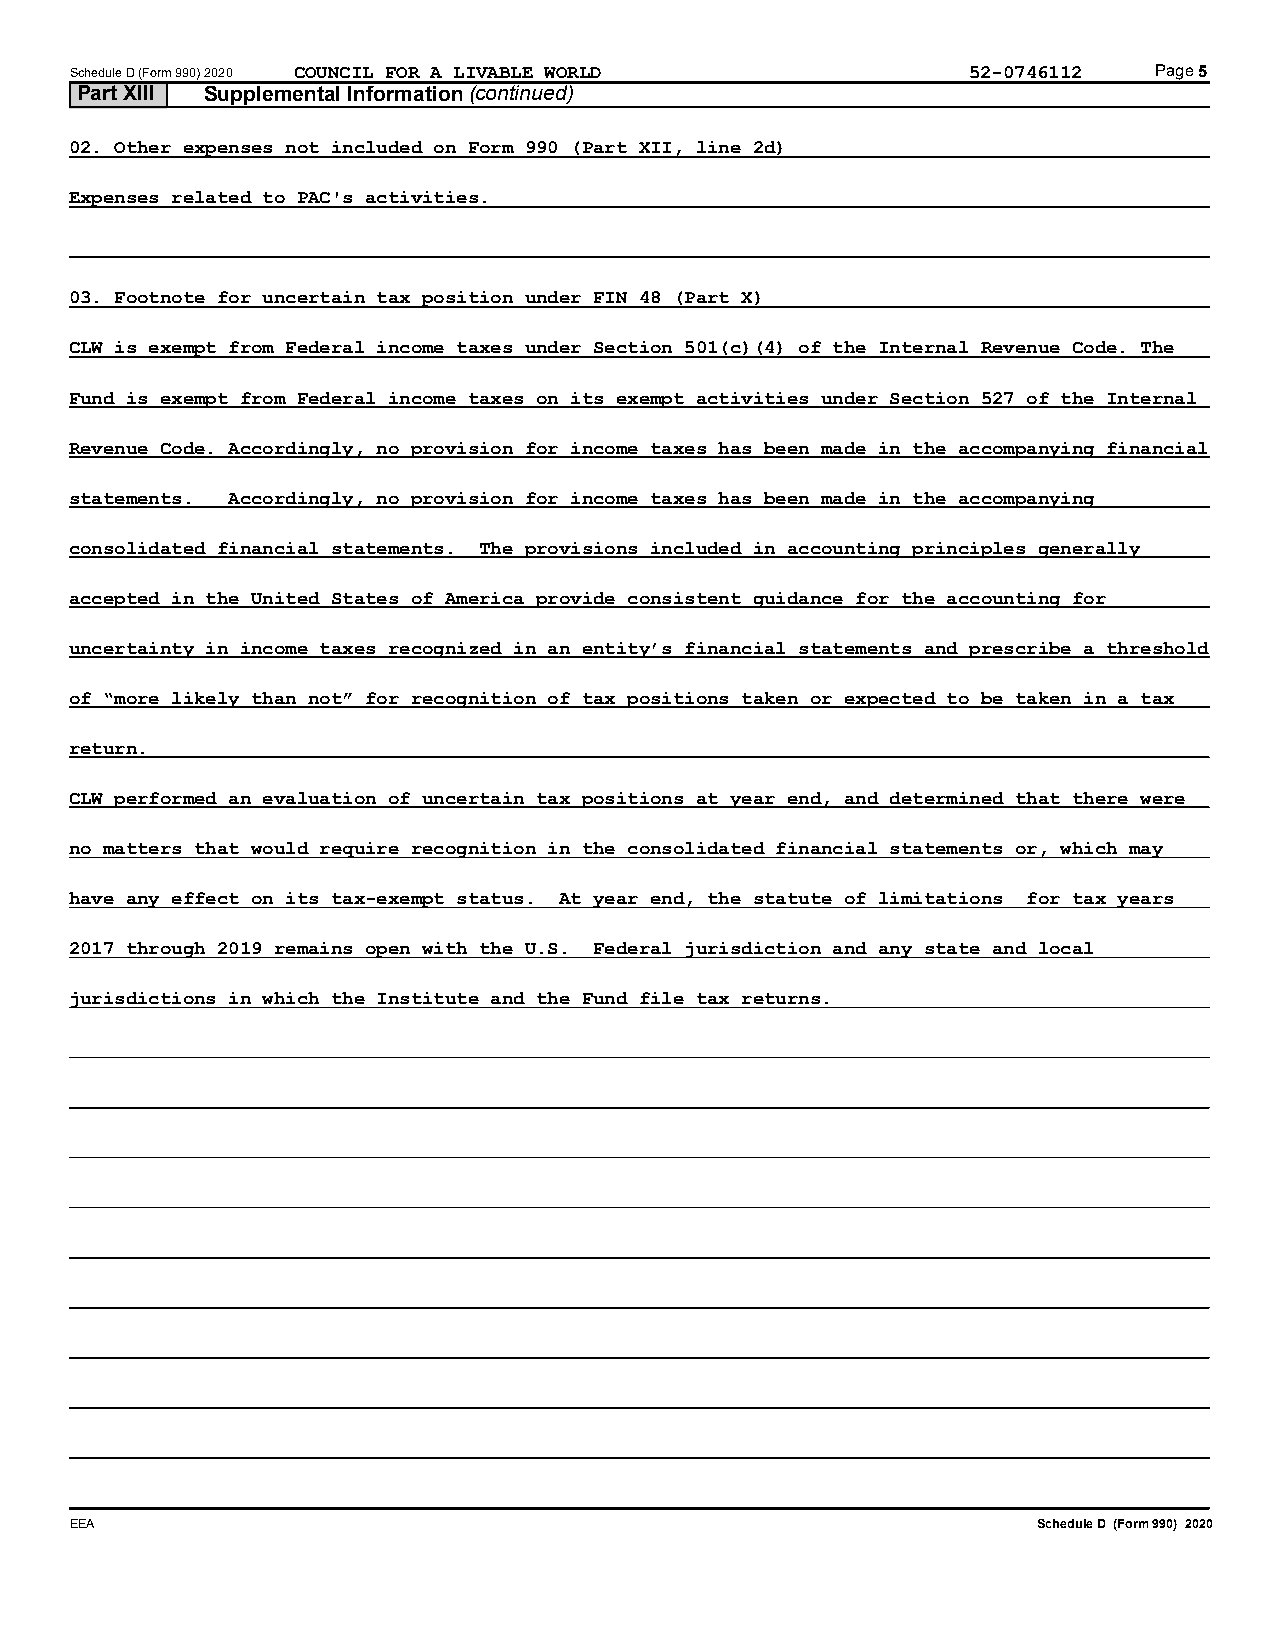
Schedule D (Form 990) 2020 COUNCIL FOR A LIVABLE WORLD     52-0746112   Page 5
 Part XIII Supplemental Information (continued)
 02. Other expenses not included on Form 990 (Part XII, line 2d)
 Expenses related to PAC's activities.
 03. Footnote for uncertain tax position under FIN 48 (Part X)
 CLW is exempt from Federal income taxes under Section 501(c)(4) of the Internal Revenue Code. The
 Fund is exempt from Federal income taxes on its exempt activities under Section 527 of the Internal
 Revenue Code. Accordingly, no provision for income taxes has been made in the accompanying financial
 statements. Accordingly, no provision for income taxes has been made in the accompanying
 consolidated financial statements. The provisions included in accounting principles generally
 accepted in the United States of America provide consistent guidance for the accounting for
 uncertainty in income taxes recognized in an entity’s financial statements and prescribe a threshold
 of “more likely than not” for recognition of tax positions taken or expected to be taken in a tax
 return.
 CLW performed an evaluation of uncertain tax positions at year end, and determined that there were
 no matters that would require recognition in the consolidated financial statements or, which may
 have any effect on its tax-exempt status. At year end, the statute of limitations for tax years
 2017 through 2019 remains open with the U.S. Federal jurisdiction and any state and local
 jurisdictions in which the Institute and the Fund file tax returns.
 EEA                                                             Schedule D (Form 990) 2020